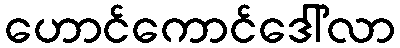
ဟောင်ကောင်ဒေါ်လာ